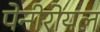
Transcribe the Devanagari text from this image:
पेनीरोयल